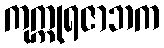
ကုက္ကုရဇာဘက